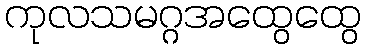
ကုလသမဂ္ဂအထွေထွေ